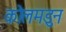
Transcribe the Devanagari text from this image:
कोलमडुन